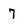
Character: 7